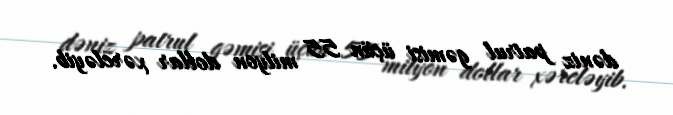
dəniz patrul gəmisi üçün 55 milyon dollar xərcləyib.